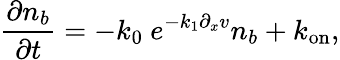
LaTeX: \frac{\partial n_{b}}{\partial t}=-k_{0}\ e^{-k_{1}\partial_{x}v}n_{b}+k_{\mathrm{on}},